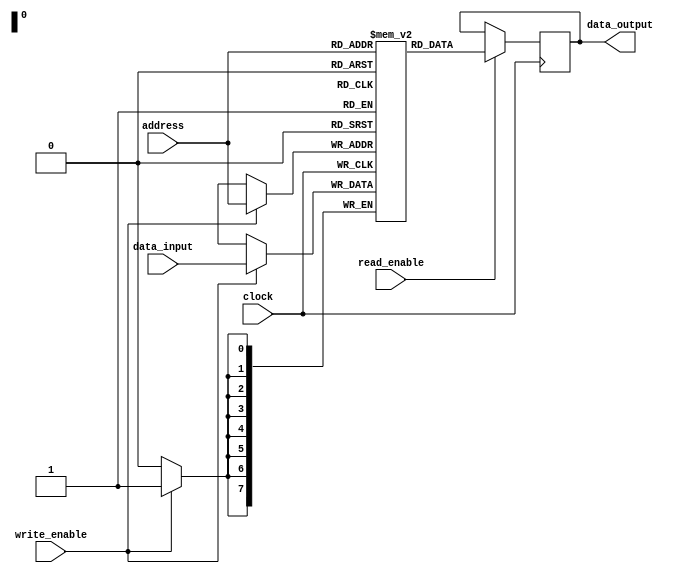
module DRAM(
    input wire clock,
    input wire [7:0] address,
    input wire read_enable,
    input wire write_enable,
    input wire [7:0] data_input,
    output reg [7:0] data_output
);

reg [7:0] memory[0:255]; // Assuming 256 memory blocks

always @(posedge clock) begin
    if(read_enable) begin
        data_output <= memory[address];
    end

    if(write_enable) begin
        memory[address] <= data_input;
    end
end

endmodule